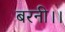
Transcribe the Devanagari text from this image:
बरनी।।